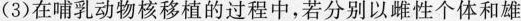
(3)在哺乳动物核移植的过程中，若分别以雌性个体和雄